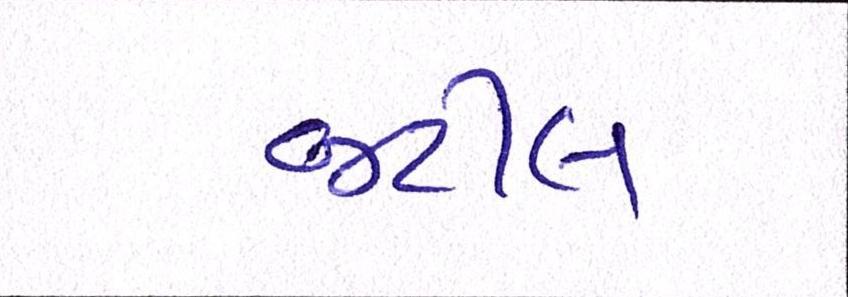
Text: જટીલ